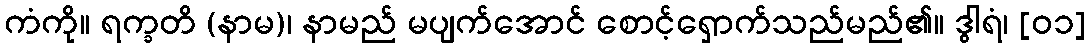
ကံကို။ ရက္ခတိ (နာမ)၊ နာမည် မပျက်အောင် စောင့်ရှောက်သည်မည်၏။ ဒွါရံ၊ [၀၁]